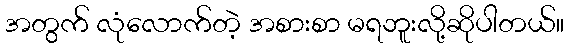
အတွက် လုံလောက်တဲ့ အစားစာ မရဘူးလို့ဆိုပါတယ်။